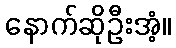
နောက်ဆိုဦးအံ့။